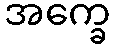
အက္ခေ